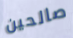
صالحين